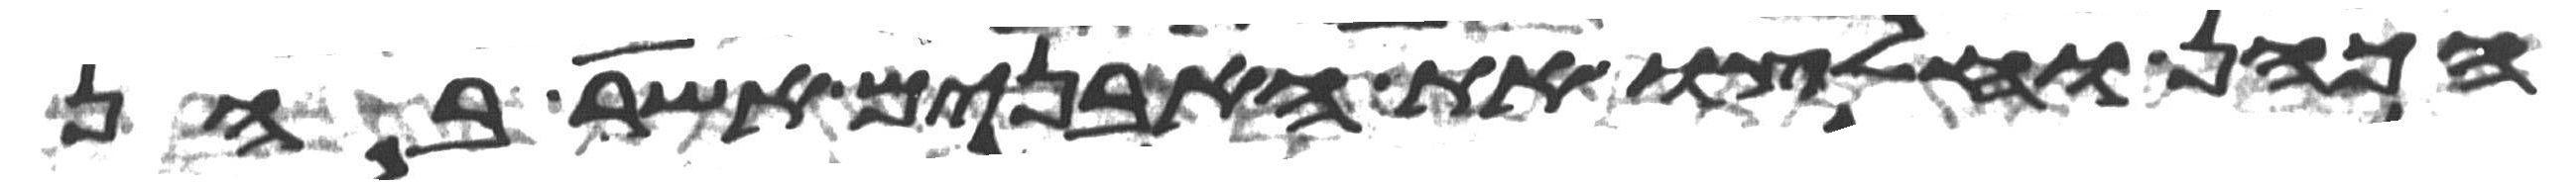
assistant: הכהן וחלצו את האבנים אשר בהן